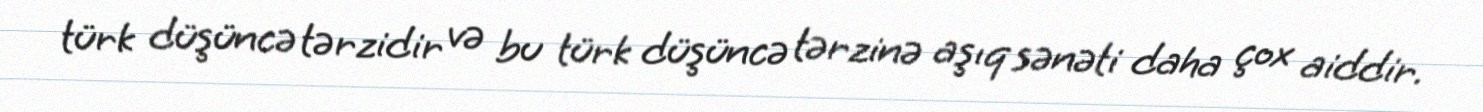
türk düşüncə tərzidir və bu türk düşüncə tərzinə aşıq sənəti daha çox aiddir.